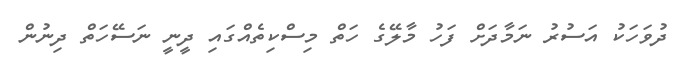
ދުވަހަކު އަސުރު ނަމާދަށް ފަހު މާލޭގެ ހަތް މިސްކިތެއްގައި ދީނީ ނަސޭހަތް ދިނުން